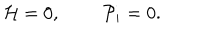
{ \cal H } = 0 , \; \; { \cal P } _ { i } = 0 .